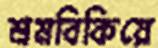
শ্রমবিকিয়ে